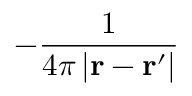
- { \frac { 1 } { 4 \pi \left| \mathbf { r } - \mathbf { r } ^ { \prime } \right| } }